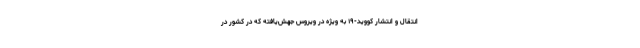
انتقال و انتشار کووید-۱۹ به ویژه در ویروس جهش‌یافته که در کشور در